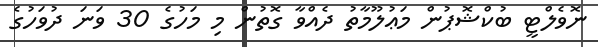
ނޮވެލްޓީ ބުކްޝޮޕުން މަޢުލޫމާތު ދެއްވާ ގޮތުން މި މަހުގެ 30 ވަނަ ދުވަހުގެ